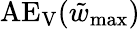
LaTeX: \mathrm{AE_{V}}(\tilde{w}_{\mathrm{max}})